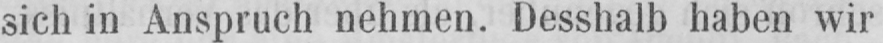
sich in Anspruch nehmen. Desshalb haben wir